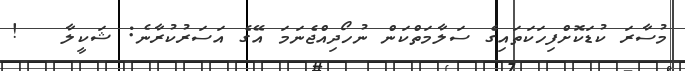
މުސާރަ ކުޑަކޮށްފިހަކަތައިގެ ސަލާމަތްކަން ނުހޯދިއްޖެނަމަ އޭގެ އަސަރުކުރާނެ: ޝަކީލާ   !